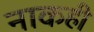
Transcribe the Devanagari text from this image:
नाकही